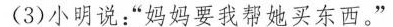
小明说：”妈妈要我帮她买东西。”